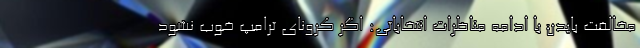
مخالفت بایدن با ادامه مناظرات انتخاباتی: اگر کرونای ترامپ خوب نشود